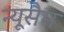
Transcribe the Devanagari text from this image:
न्यूसैम